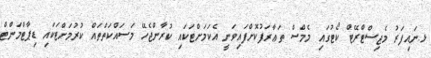
ޅ.ނައިފަރު މެޖިސްޓްރޭޓް ކޯޓުގައި މެމްސް ތަޢާރަފުކޮށްފައިވަނީ އެކަމަށްޓަކައި ކުރާންޖެހޭ މަސައްކަތްތައް ކުރުމަށްޓަކައި ޑިޕާޓްމަންޓް